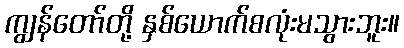
ကျွန်တော်တို့ နှစ်ယောက်စလုံးမသွားဘူး။